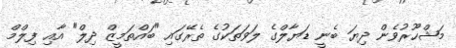
މަޝްހޫރުވެން ދިޔަ ބެނީ ޑަޔާލްގެ ލަވަތަކުގެ ތެރޭގައި "ބައްތަމީޒް ދިލް" އާއި ފިލްމް